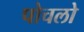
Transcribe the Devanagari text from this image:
पोचलो